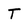
Character: T